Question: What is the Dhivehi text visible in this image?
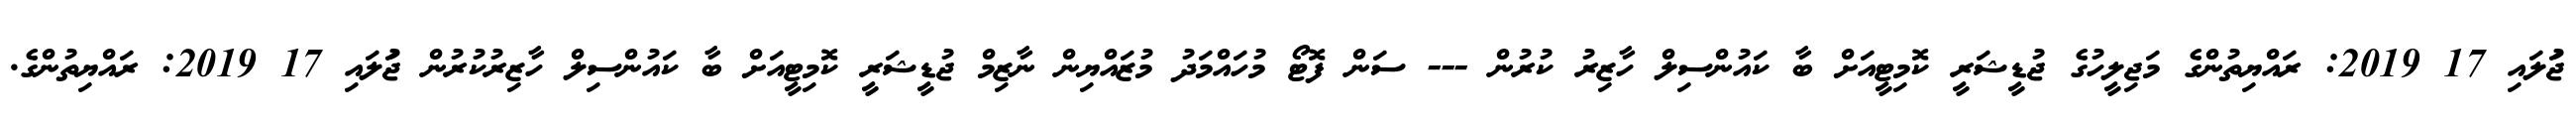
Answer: ޖުަލައި 17 2019: ރައްޔިތުންގެ މަޖިލީހުގެ ޖުޑީޝަރީ ކޮމިޓީއަށް ބާ ކައުންސިލް ހާޒިރު ކުރުން --- ސަން ފޮޓޯ މުހައްމަދު މުޒައްޔިން ނާޒިމް ޖުޑީޝަރީ ކޮމިޓީއަށް ބާ ކައުންސިލް ހާޒިރުކުރުން ޖުަލައި 17 2019: ރައްޔިތުންގެ.